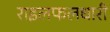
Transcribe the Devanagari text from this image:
राइलफलधारी